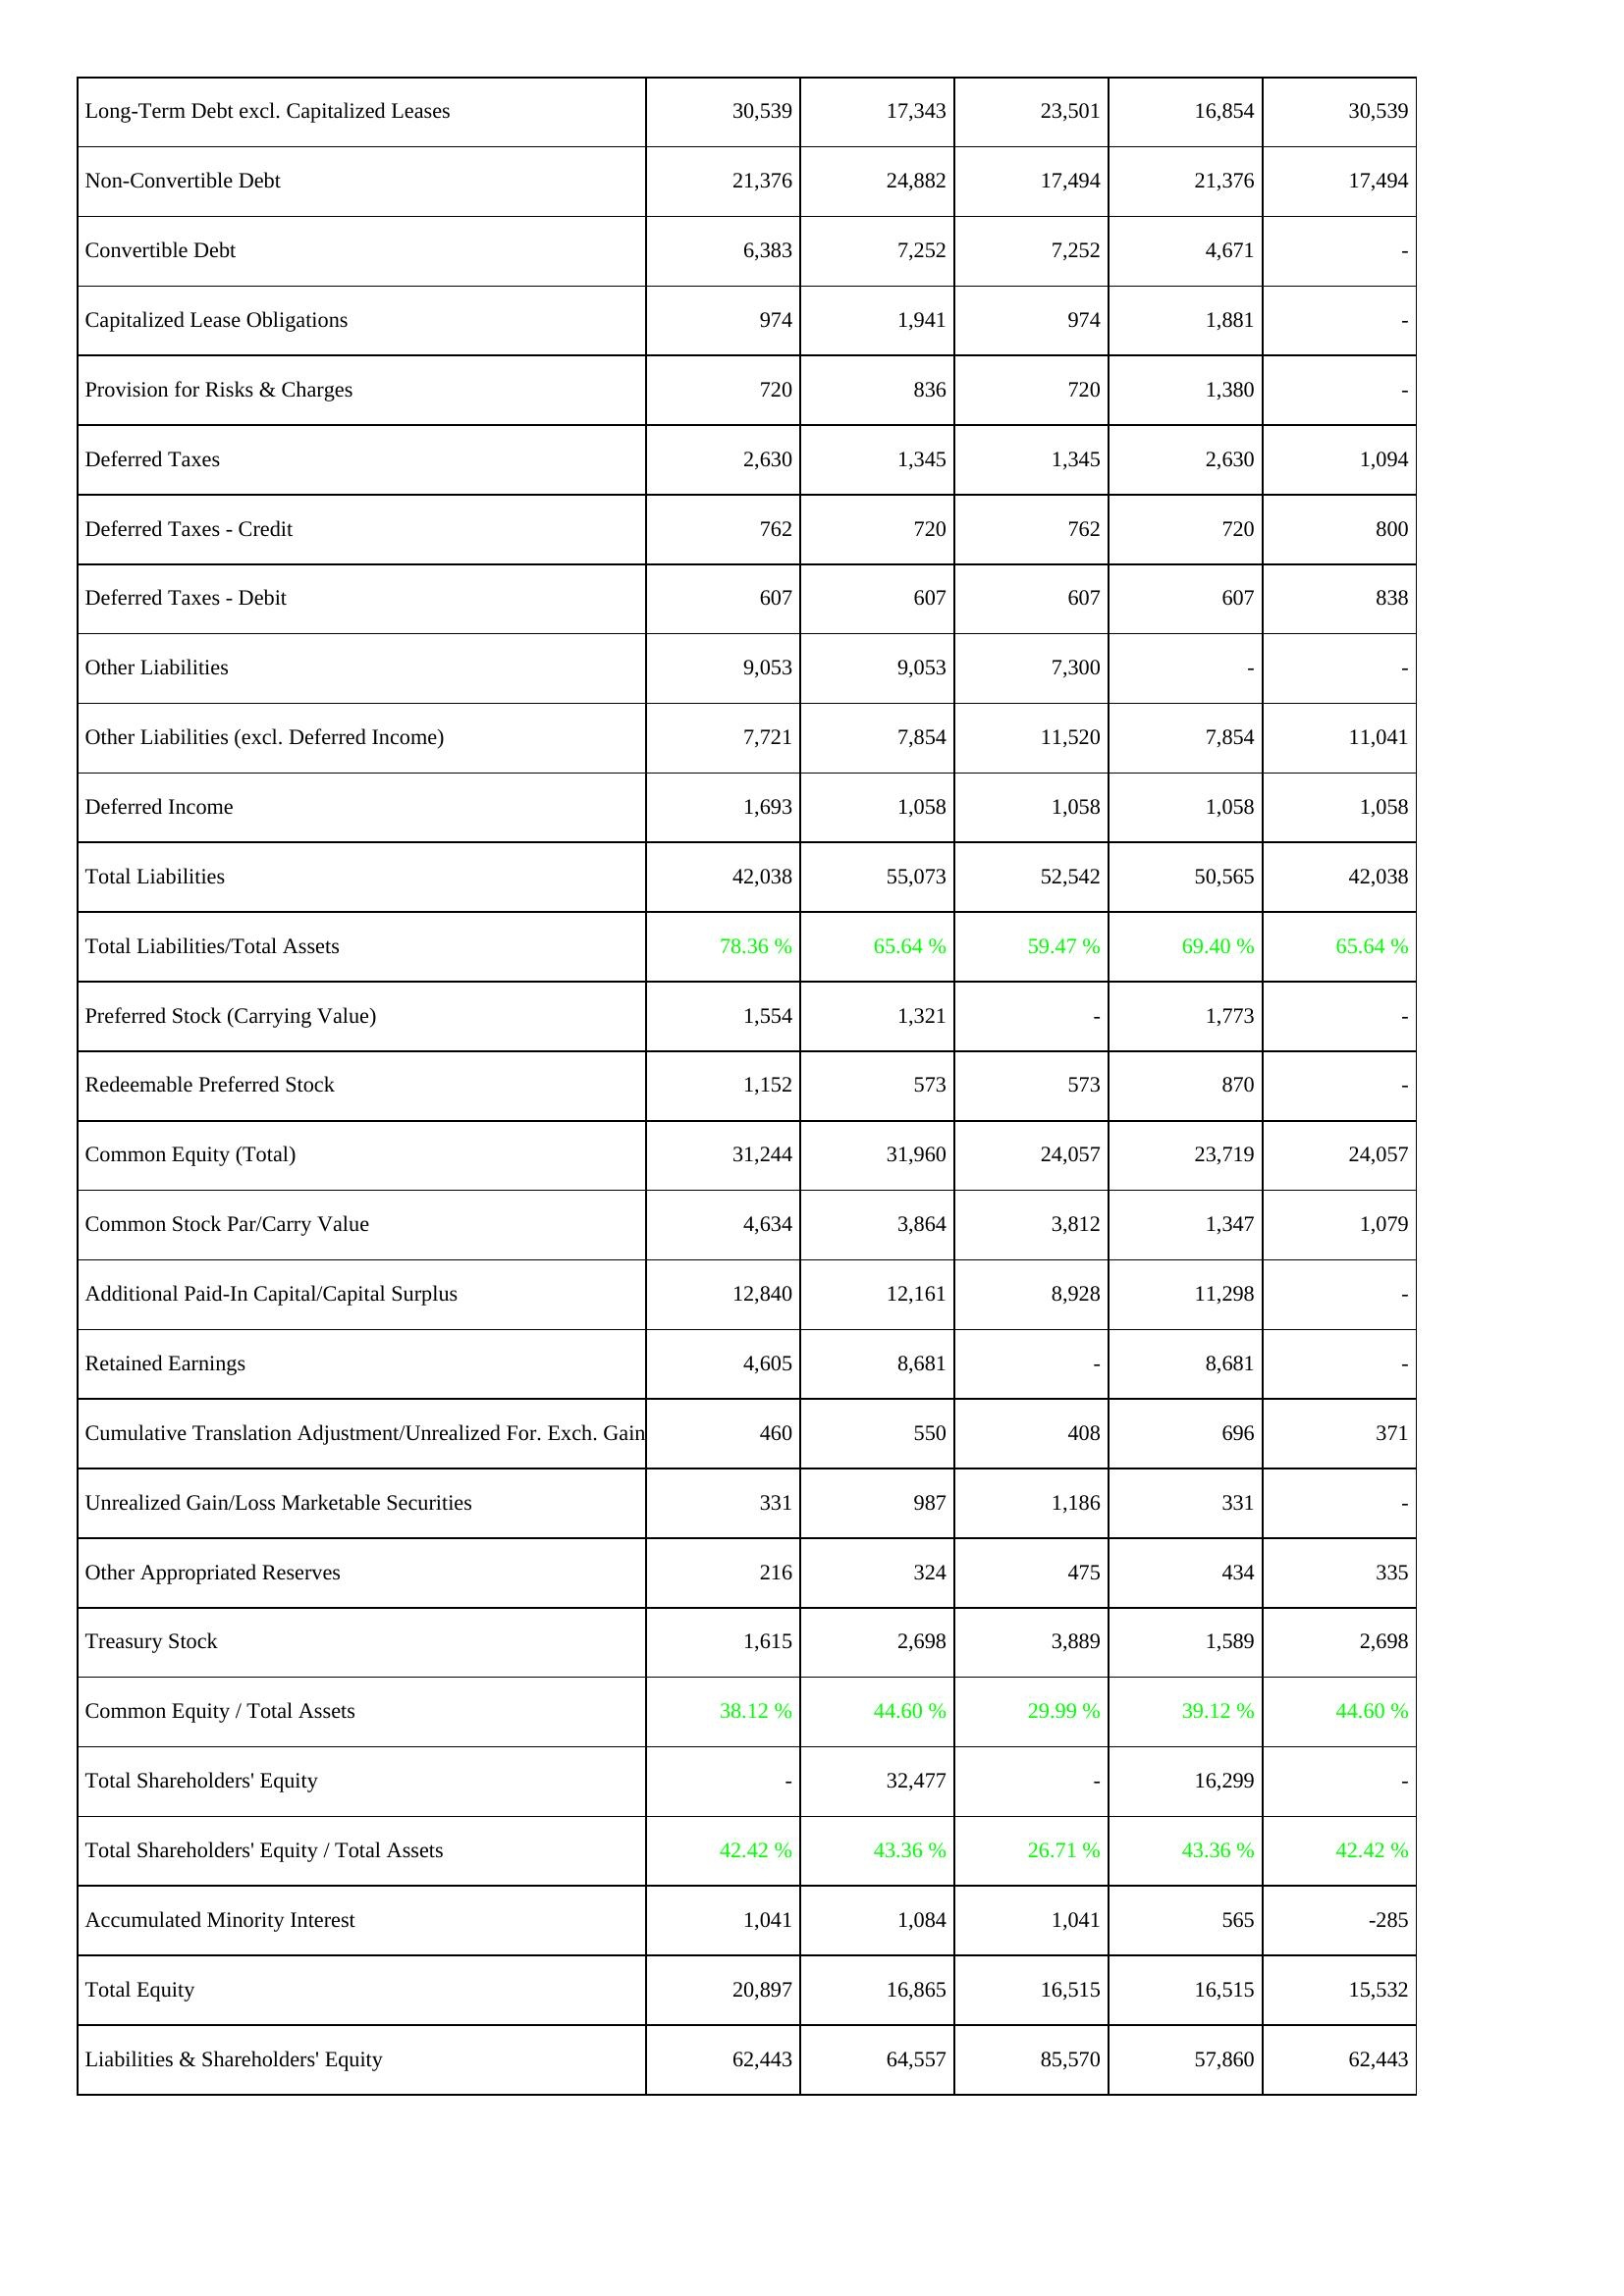
2021: Liabilities & Shareholders' Equity: Long-Term Debt excl. Capitalized Leases: 30,539
Non-Convertible Debt: 21,376
Convertible Debt: 6,383
Capitalized Lease Obligations: 974
Provision for Risks & Charges: 720
Deferred Taxes: 2,630
Deferred Taxes - Credit: 762
Deferred Taxes - Debit: 607
Other Liabilities: 9,053
Other Liabilities (excl. Deferred Income): 7,721
Deferred Income: 1,693
Total Liabilities: 42,038
Total Liabilities/Total Assets: 78.36 %
Preferred Stock (Carrying Value): 1,554
Redeemable Preferred Stock: 1,152
Common Equity (Total): 31,244
Common Stock Par/Carry Value: 4,634
Additional Paid-In Capital/Capital Surplus: 12,840
Retained Earnings: 4,605
Cumulative Translation Adjustment/Unrealized For. Exch. Gain: 460
Unrealized Gain/Loss Marketable Securities: 331
Other Appropriated Reserves: 216
Treasury Stock: 1,615
Common Equity / Total Assets: 38.12 %
Total Shareholders' Equity: -
Total Shareholders' Equity / Total Assets: 42.42 %
Accumulated Minority Interest: 1,041
Total Equity: 20,897
Liabilities & Shareholders' Equity: 62,443
2022: Liabilities & Shareholders' Equity: Long-Term Debt excl. Capitalized Leases: 17,343
Non-Convertible Debt: 24,882
Convertible Debt: 7,252
Capitalized Lease Obligations: 1,941
Provision for Risks & Charges: 836
Deferred Taxes: 1,345
Deferred Taxes - Credit: 720
Deferred Taxes - Debit: 607
Other Liabilities: 9,053
Other Liabilities (excl. Deferred Income): 7,854
Deferred Income: 1,058
Total Liabilities: 55,073
Total Liabilities/Total Assets: 65.64 %
Preferred Stock (Carrying Value): 1,321
Redeemable Preferred Stock: 573
Common Equity (Total): 31,960
Common Stock Par/Carry Value: 3,864
Additional Paid-In Capital/Capital Surplus: 12,161
Retained Earnings: 8,681
Cumulative Translation Adjustment/Unrealized For. Exch. Gain: 550
Unrealized Gain/Loss Marketable Securities: 987
Other Appropriated Reserves: 324
Treasury Stock: 2,698
Common Equity / Total Assets: 44.60 %
Total Shareholders' Equity: 32,477
Total Shareholders' Equity / Total Assets: 43.36 %
Accumulated Minority Interest: 1,084
Total Equity: 16,865
Liabilities & Shareholders' Equity: 64,557
2023: Liabilities & Shareholders' Equity: Long-Term Debt excl. Capitalized Leases: 23,501
Non-Convertible Debt: 17,494
Convertible Debt: 7,252
Capitalized Lease Obligations: 974
Provision for Risks & Charges: 720
Deferred Taxes: 1,345
Deferred Taxes - Credit: 762
Deferred Taxes - Debit: 607
Other Liabilities: 7,300
Other Liabilities (excl. Deferred Income): 11,520
Deferred Income: 1,058
Total Liabilities: 52,542
Total Liabilities/Total Assets: 59.47 %
Preferred Stock (Carrying Value): -
Redeemable Preferred Stock: 573
Common Equity (Total): 24,057
Common Stock Par/Carry Value: 3,812
Additional Paid-In Capital/Capital Surplus: 8,928
Retained Earnings: -
Cumulative Translation Adjustment/Unrealized For. Exch. Gain: 408
Unrealized Gain/Loss Marketable Securities: 1,186
Other Appropriated Reserves: 475
Treasury Stock: 3,889
Common Equity / Total Assets: 29.99 %
Total Shareholders' Equity: -
Total Shareholders' Equity / Total Assets: 26.71 %
Accumulated Minority Interest: 1,041
Total Equity: 16,515
Liabilities & Shareholders' Equity: 85,570
2024: Liabilities & Shareholders' Equity: Long-Term Debt excl. Capitalized Leases: 16,854
Non-Convertible Debt: 21,376
Convertible Debt: 4,671
Capitalized Lease Obligations: 1,881
Provision for Risks & Charges: 1,380
Deferred Taxes: 2,630
Deferred Taxes - Credit: 720
Deferred Taxes - Debit: 607
Other Liabilities: -
Other Liabilities (excl. Deferred Income): 7,854
Deferred Income: 1,058
Total Liabilities: 50,565
Total Liabilities/Total Assets: 69.40 %
Preferred Stock (Carrying Value): 1,773
Redeemable Preferred Stock: 870
Common Equity (Total): 23,719
Common Stock Par/Carry Value: 1,347
Additional Paid-In Capital/Capital Surplus: 11,298
Retained Earnings: 8,681
Cumulative Translation Adjustment/Unrealized For. Exch. Gain: 696
Unrealized Gain/Loss Marketable Securities: 331
Other Appropriated Reserves: 434
Treasury Stock: 1,589
Common Equity / Total Assets: 39.12 %
Total Shareholders' Equity: 16,299
Total Shareholders' Equity / Total Assets: 43.36 %
Accumulated Minority Interest: 565
Total Equity: 16,515
Liabilities & Shareholders' Equity: 57,860
2025: Liabilities & Shareholders' Equity: Long-Term Debt excl. Capitalized Leases: 30,539
Non-Convertible Debt: 17,494
Convertible Debt: -
Capitalized Lease Obligations: -
Provision for Risks & Charges: -
Deferred Taxes: 1,094
Deferred Taxes - Credit: 800
Deferred Taxes - Debit: 838
Other Liabilities: -
Other Liabilities (excl. Deferred Income): 11,041
Deferred Income: 1,058
Total Liabilities: 42,038
Total Liabilities/Total Assets: 65.64 %
Preferred Stock (Carrying Value): -
Redeemable Preferred Stock: -
Common Equity (Total): 24,057
Common Stock Par/Carry Value: 1,079
Additional Paid-In Capital/Capital Surplus: -
Retained Earnings: -
Cumulative Translation Adjustment/Unrealized For. Exch. Gain: 371
Unrealized Gain/Loss Marketable Securities: -
Other Appropriated Reserves: 335
Treasury Stock: 2,698
Common Equity / Total Assets: 44.60 %
Total Shareholders' Equity: -
Total Shareholders' Equity / Total Assets: 42.42 %
Accumulated Minority Interest: -285
Total Equity: 15,532
Liabilities & Shareholders' Equity: 62,443